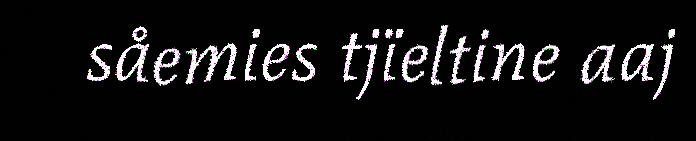
såemies tjïeltine aaj